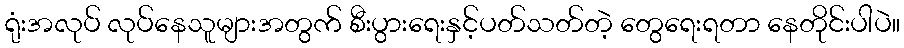
ရုံးအလုပ် လုပ်နေသူများအတွက် စီးပွားရေးနှင့်ပတ်သတ်တဲ့ တွေရေးရတာ နေတိုင်းပါပဲ။